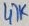
Text: 47K